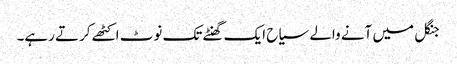
جنگل میں آنے والے سیاح ایک گھنٹے تک نوٹ اکٹھے کرتے رہے۔